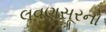
લવણસૂરનો